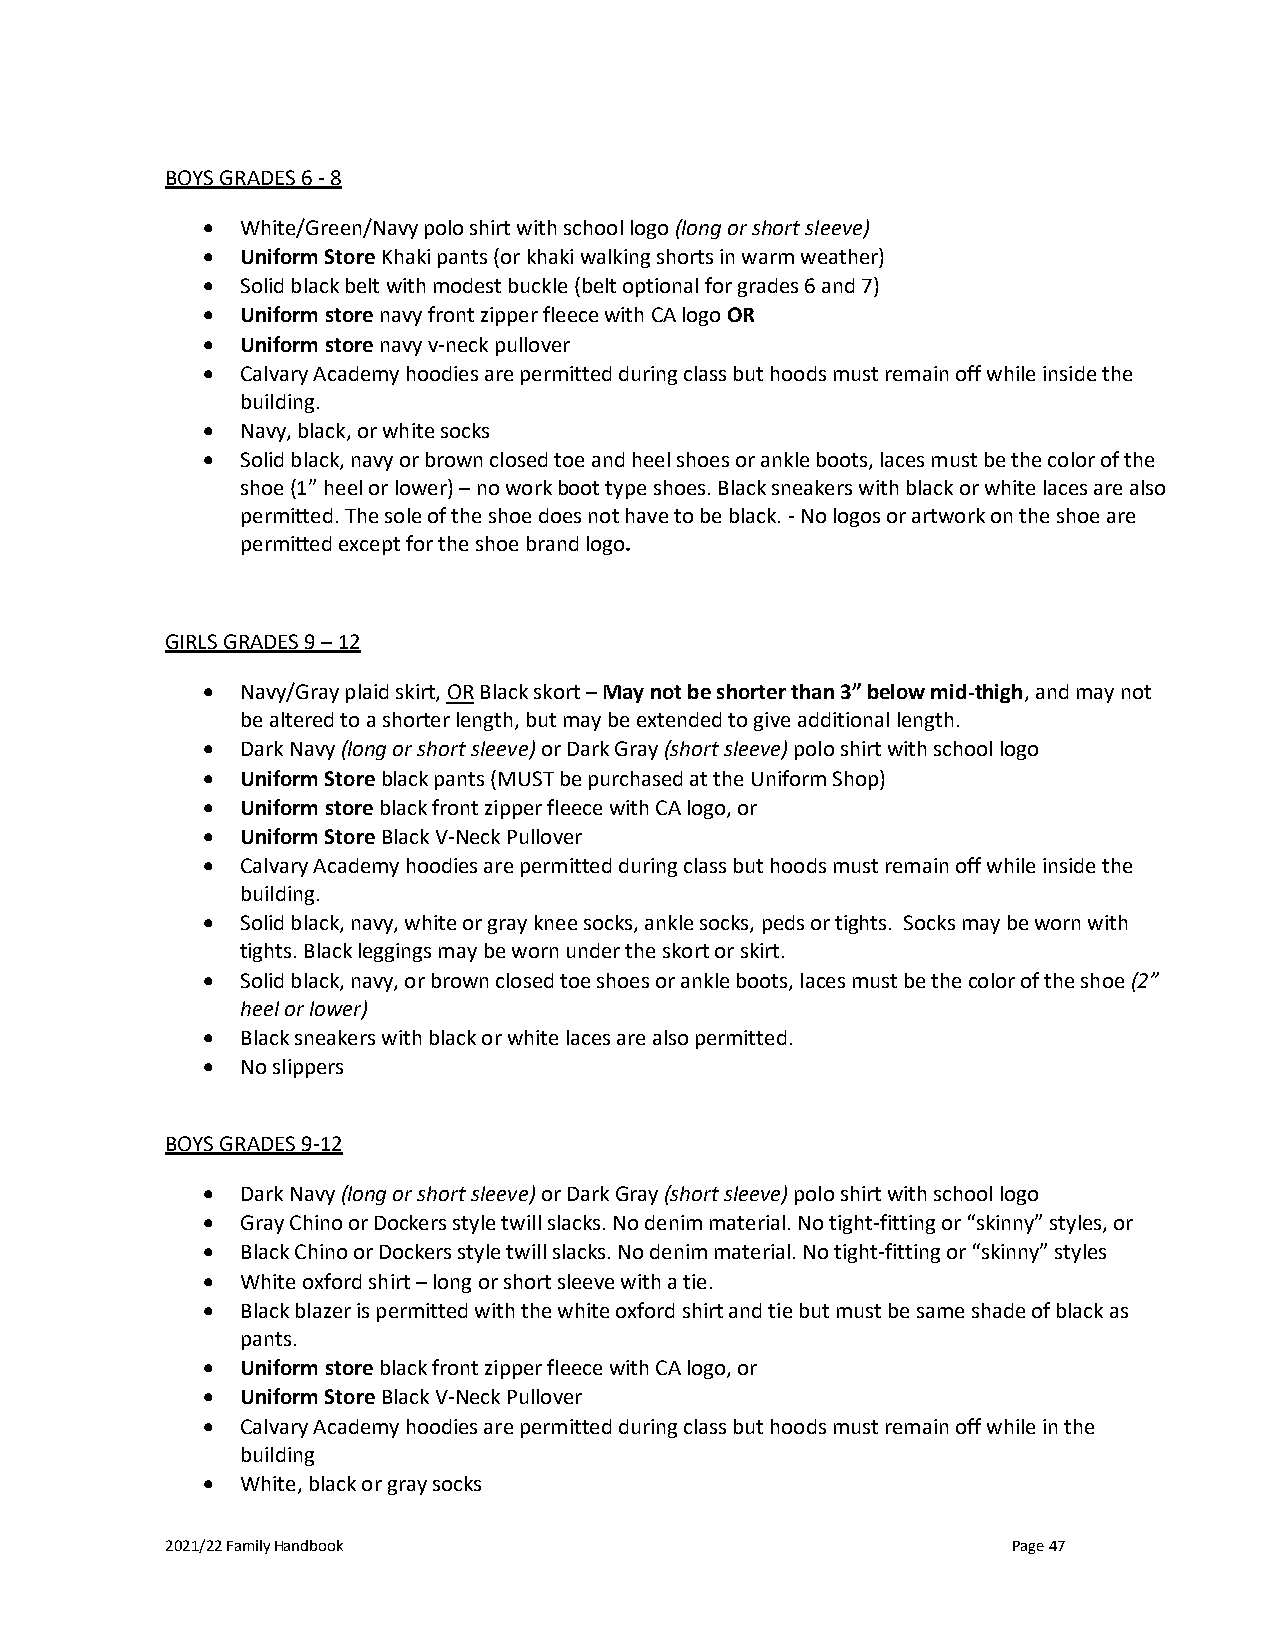
BOYS GRADES 6 - 8
 •  White/Green/Navy polo shirt with school logo (long or short sleeve)
 •  Uniform Store Khaki pants (or khaki walking shorts in warm weather)
 •  Solid black belt with modest buckle (belt optional for grades 6 and 7)
 •  Uniform store navy front zipper fleece with CA logo OR
 •  Uniform store navy v-neck pullover
 •  Calvary Academy hoodies are permitted during class but hoods must remain off while inside the
 building.
 •  Navy, black, or white socks
 •  Solid black, navy or brown closed toe and heel shoes or ankle boots, laces must be the color of the
 shoe (1” heel or lower) – no work boot type shoes. Black sneakers with black or white laces are also
 permitted. The sole of the shoe does not have to be black. - No logos or artwork on the shoe are
 permitted except for the shoe brand logo.
 GIRLS GRADES 9 – 12
 •  Navy/Gray plaid skirt, OR Black skort – May not be shorter than 3” below mid-thigh, and may not
 be altered to a shorter length, but may be extended to give additional length.
 •  Dark Navy (long or short sleeve) or Dark Gray (short sleeve) polo shirt with school logo
 •  Uniform Store black pants (MUST be purchased at the Uniform Shop)
 •  Uniform store black front zipper fleece with CA logo, or
 •  Uniform Store Black V-Neck Pullover
 •  Calvary Academy hoodies are permitted during class but hoods must remain off while inside the
 building.
 •  Solid black, navy, white or gray knee socks, ankle socks, peds or tights. Socks may be worn with
 tights. Black leggings may be worn under the skort or skirt.
 •  Solid black, navy, or brown closed toe shoes or ankle boots, laces must be the color of the shoe (2”
 heel or lower)
 •  Black sneakers with black or white laces are also permitted.
 •  No slippers
 BOYS GRADES 9-12
 •  Dark Navy (long or short sleeve) or Dark Gray (short sleeve) polo shirt with school logo
 •  Gray Chino or Dockers style twill slacks. No denim material. No tight-fitting or “skinny” styles, or
 •  Black Chino or Dockers style twill slacks. No denim material. No tight-fitting or “skinny” styles
 •  White oxford shirt – long or short sleeve with a tie.
 •  Black blazer is permitted with the white oxford shirt and tie but must be same shade of black as
 pants.
 •  Uniform store black front zipper fleece with CA logo, or
 •  Uniform Store Black V-Neck Pullover
 •  Calvary Academy hoodies are permitted during class but hoods must remain off while in the
 building
 •  White, black or gray socks
 2021/22 Family Handbook                                 Page 47